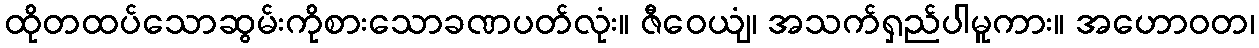
ထိုတထပ်သောဆွမ်းကိုစားသောခဏပတ်လုံး။ ဇီဝေယျံ၊ အသက်ရှည်ပါမူကား။ အဟောဝတ၊